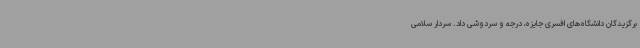
برگزیدگان دانشگاه‌های افسری جایزه، درجه و سردوشی داد. سردار سلامی